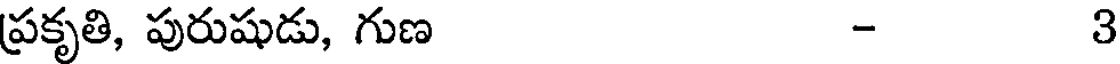
ప్రకృతి, పురుషుడు, గుణ - ౩